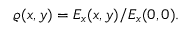
\begin{array} { r } { \varrho ( x , y ) = E _ { x } ( x , y ) / E _ { x } ( 0 , 0 ) . } \end{array}